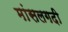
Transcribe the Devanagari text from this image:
मांसलगदी